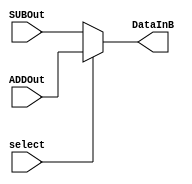
module mux (DataInB, ADDOut, SUBOut,select);
output [7:0] DataInB; 
input [7:0] ADDOut, SUBOut;
input wire select;
assign DataInB = (select) ? ADDOut : SUBOut;
endmodule